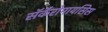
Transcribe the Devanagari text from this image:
सॅकॅरोमायसिस